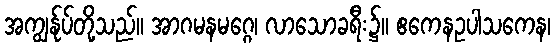
အကျွန်ုပ်တို့သည်။ အာဂမနမဂ္ဂေ၊ လာသောခရီး၌။ ဧကေနဥပါသကေန၊